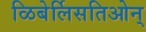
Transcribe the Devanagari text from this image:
ळिबेर्लिसतिओन्